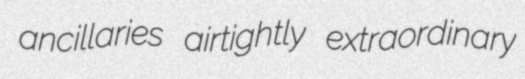
ancillaries airtightly extraordinary